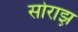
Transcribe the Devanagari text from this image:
सोराझ़